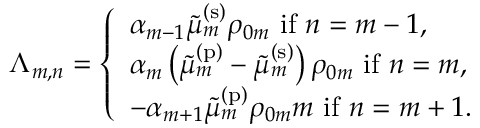
\Lambda _ { m , n } = \left\{ \begin{array} { l l } { \alpha _ { m - 1 } \tilde { \mu } _ { m } ^ { \mathrm { ( s ) } } \rho _ { 0 m } \mathrm { ~ i f ~ } n = m - 1 , } \\ { \alpha _ { m } \left( \tilde { \mu } _ { m } ^ { \mathrm { ( p ) } } - \tilde { \mu } _ { m } ^ { \mathrm { ( s ) } } \right) \rho _ { 0 m } \mathrm { ~ i f ~ } n = m , } \\ { - \alpha _ { m + 1 } \tilde { \mu } _ { m } ^ { \mathrm { ( p ) } } \rho _ { 0 m } m \mathrm { ~ i f ~ } n = m + 1 . } \end{array} \right.